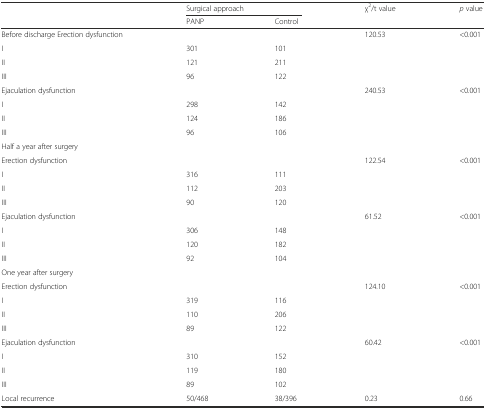
| <ROWSPAN=2>  | <COLSPAN=2> Surgical approach | <ROWSPAN=2> χ2/t value | <ROWSPAN=2> p value |
 | PANP | Control |
 | --- | --- | --- | --- | --- |
 | Before discharge Erection dysfunction |  |  | 120.53 | <0.001 |
 | I | 301 | 101 |  |  |
 | II | 121 | 211 |  |  |
 | III | 96 | 122 |  |  |
 | Ejaculation dysfunction |  |  | 240.53 | <0.001 |
 | I | 298 | 142 |  |  |
 | II | 124 | 186 |  |  |
 | III | 96 | 106 |  |  |
 | Half a year after surgery |  |  |  |  |
 | Erection dysfunction |  |  | 122.54 | <0.001 |
 | I | 316 | 111 |  |  |
 | II | 112 | 203 |  |  |
 | III | 90 | 120 |  |  |
 | Ejaculation dysfunction |  |  | 61.52 | <0.001 |
 | I | 306 | 148 |  |  |
 | II | 120 | 182 |  |  |
 | III | 92 | 104 |  |  |
 | One year after surgery |  |  |  |  |
 | Erection dysfunction |  |  | 124.10 | <0.001 |
 | I | 319 | 116 |  |  |
 | II | 110 | 206 |  |  |
 | III | 89 | 122 |  |  |
 | Ejaculation dysfunction |  |  | 60.42 | <0.001 |
 | I | 310 | 152 |  |  |
 | II | 119 | 180 |  |  |
 | III | 89 | 102 |  |  |
 | Local recurrence | 50/468 | 38/396 | 0.23 | 0.66 |